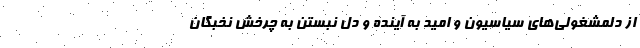
از دلمشغولی‌های سیاسیون و امید به آینده و دل نبستن به چرخش نخبگان